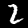
Label: 2